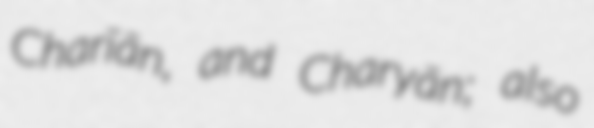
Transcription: Charīān, and Charyān; also